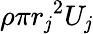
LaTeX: \rho\pi{r_{\mathit{j}}}^{2}U_{\mathit{j}}